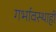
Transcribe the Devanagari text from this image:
गर्भावस्थाही